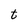
Character: t